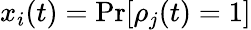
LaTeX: x_{i}(t)=\operatorname*{Pr}[\rho_{j}(t)=1]